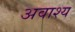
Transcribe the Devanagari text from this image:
अवाश्य